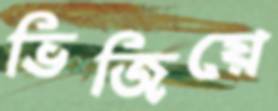
ভিজিয়ে